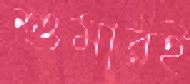
শুমারই